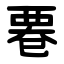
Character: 䙴